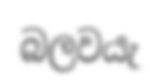
බලවයැ